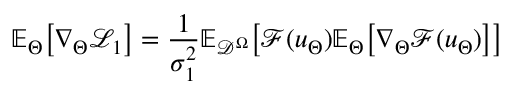
\mathbb { E } _ { \Theta } \big [ \nabla _ { \Theta } \mathcal { L } _ { 1 } \big ] = \frac { 1 } { \sigma _ { 1 } ^ { 2 } } \mathbb { E } _ { \mathcal { D } ^ { \Omega } } \big [ \mathcal { F } ( u _ { \Theta } ) \mathbb { E } _ { \Theta } \big [ \nabla _ { \Theta } \mathcal { F } ( u _ { \Theta } ) \big ] \big ]